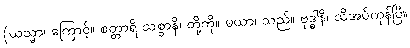
(ယသ္မာ၊ ကြောင့်။ စတ္တာရိ သစ္စာနိ၊ တို့ကို။ မယာ၊ သည်။ ဗုဒ္ဓါနိ၊ သိအပ်ကုန်ပြီ။